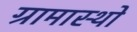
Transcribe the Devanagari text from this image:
ग्रामास्थो